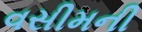
વસીમની